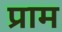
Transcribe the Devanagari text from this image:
प्राम